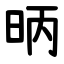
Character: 昞